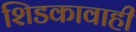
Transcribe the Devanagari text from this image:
शिडकावाही